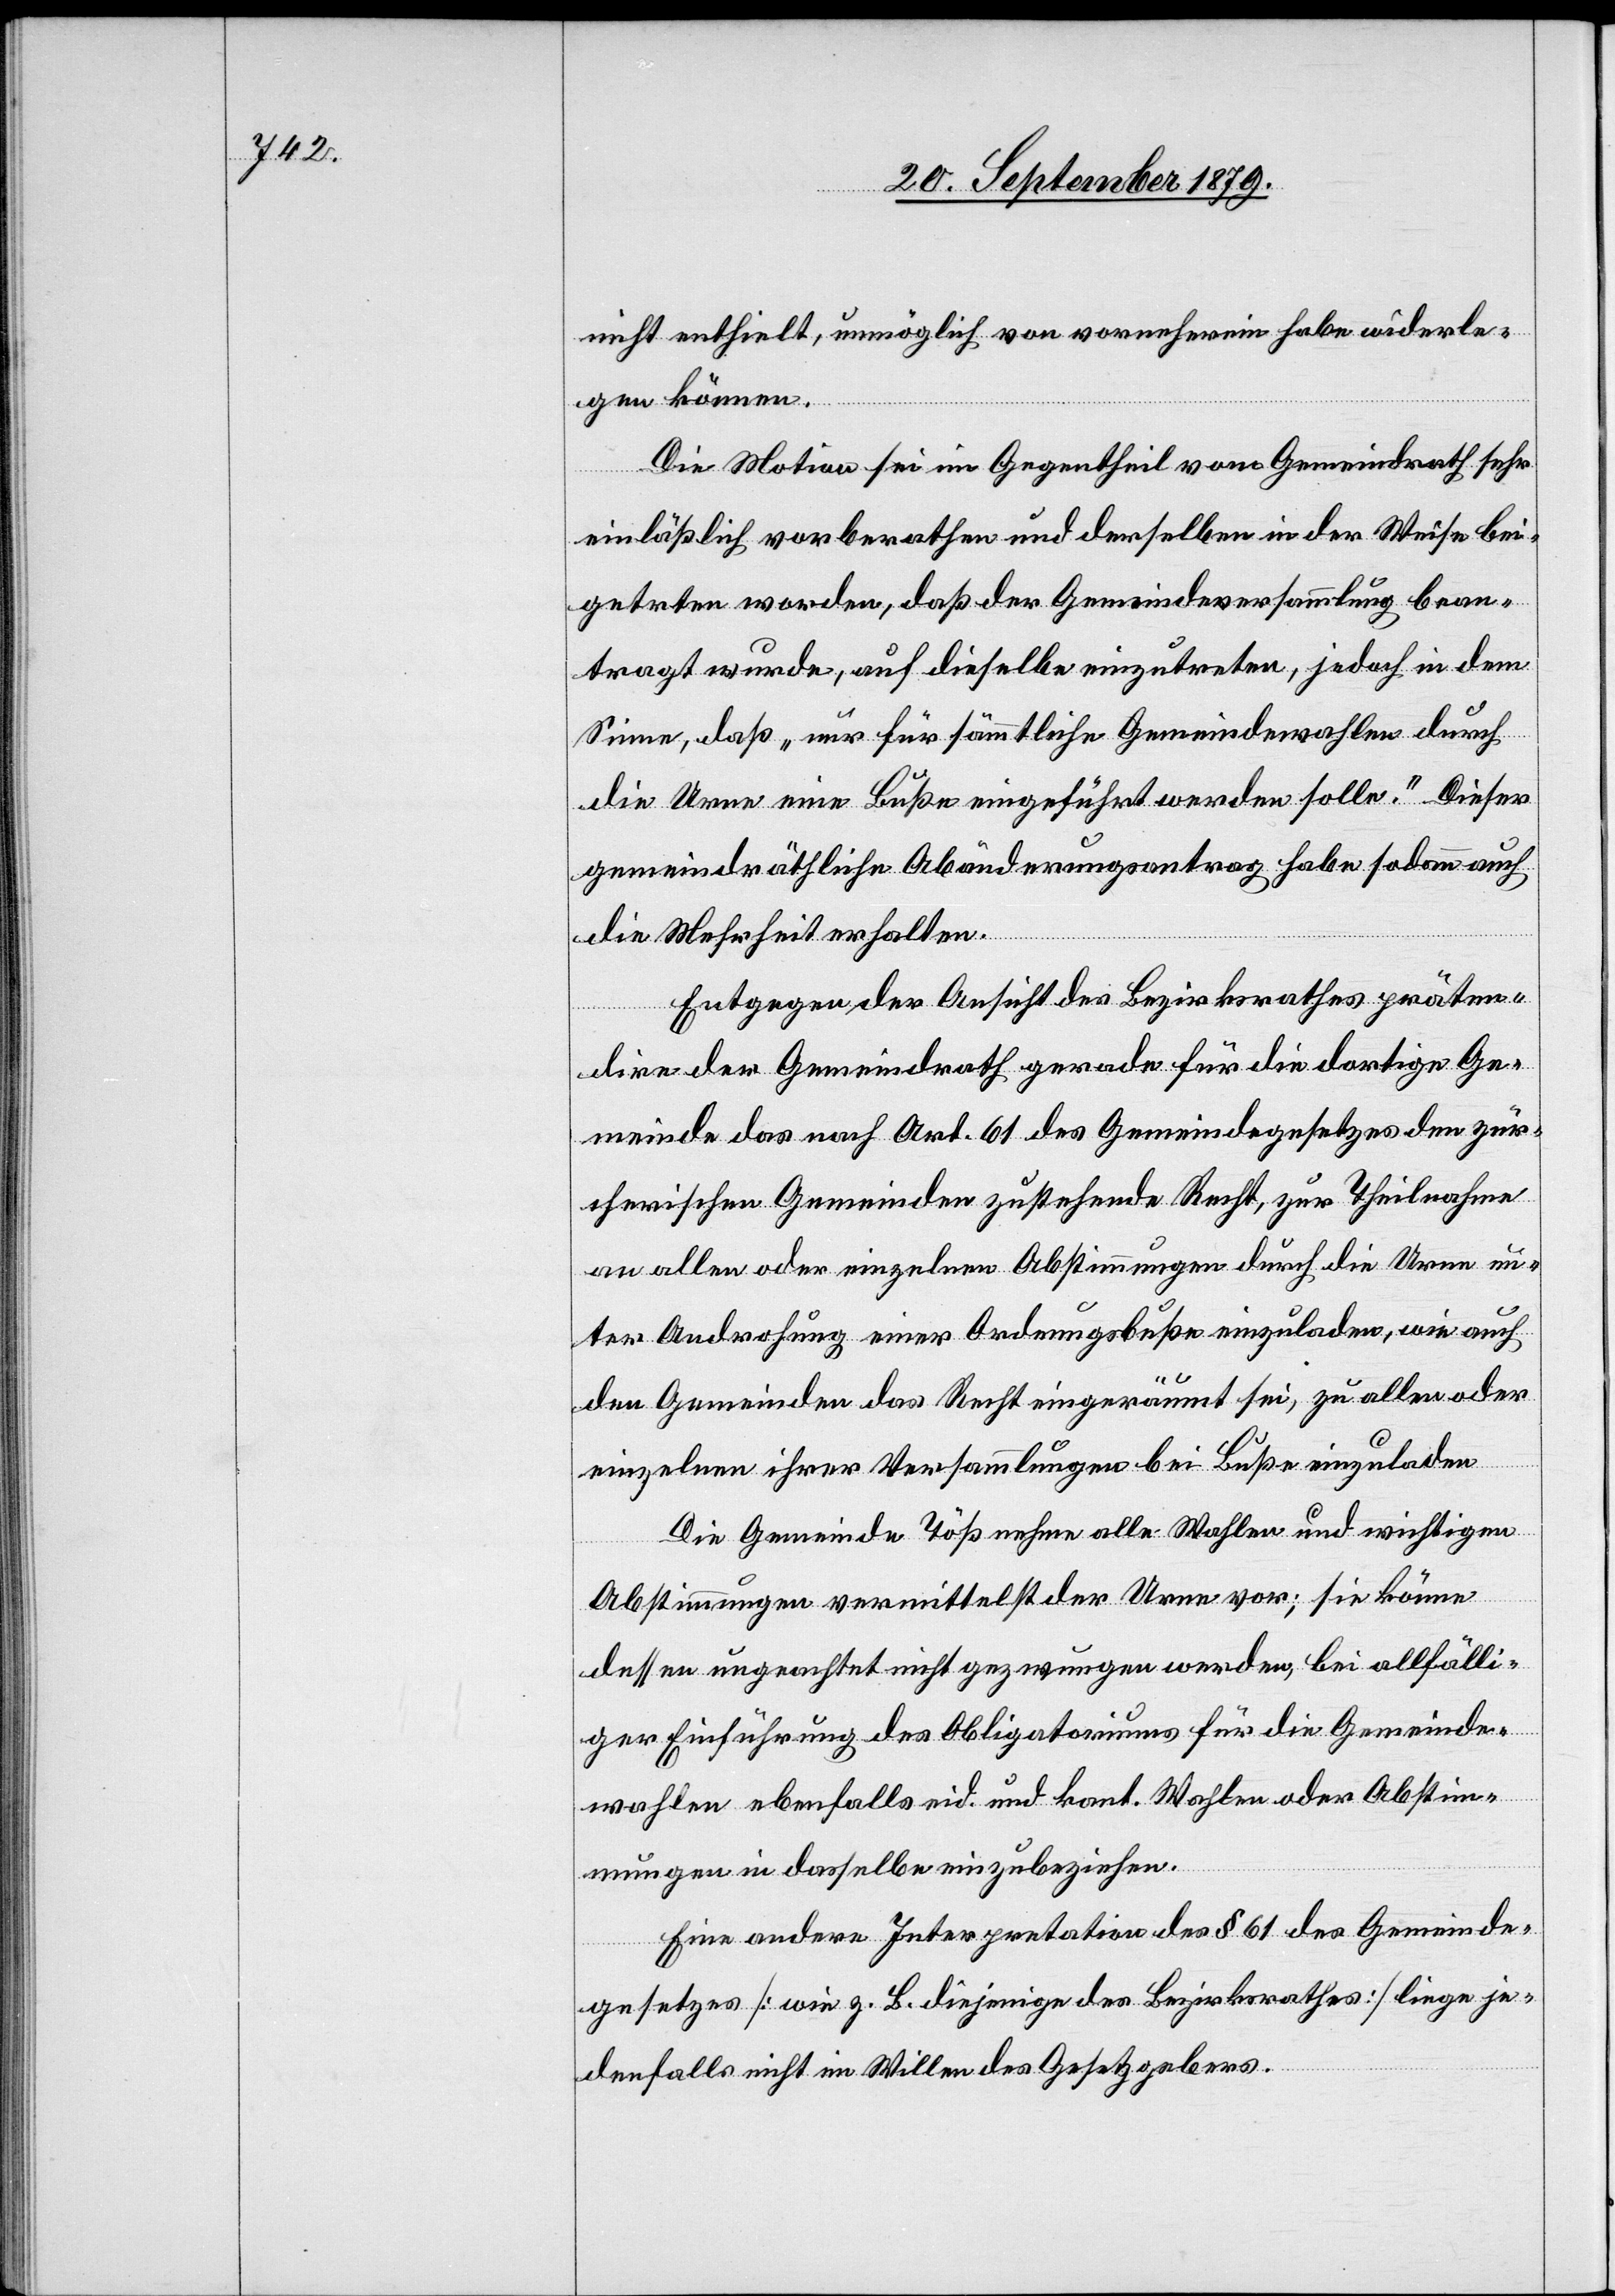
nicht enthielt, unmöglich von vorneherein habe wiederle¬
ge¬
gen können.
Die Motion sei im Gegentheil vom Gemeindrath sehr
einlässlich vorberathen und derselben in der Weise bei¬
treten wurde, auf dieselbe einzutreten, jedoch in dem
Sinne, daß „nur für sämmtliche Gemeindewahlen durch
die Urne eine Buß eingeführt werden solle“. Dieser
gemeindräthliche Abänderungsantrag habe sodann auch
die Mehrheit erhalten.
Entgegen der Ansicht des Bezirksrath präten¬
dire der Gemeindrath gerade für die dortige Ge¬
meinde das nach Art. 61 des Gemeindegesetzes den zür¬
cherischen Gemeinden zustehende Recht, zur Theilnahme
an allen oder einzelnen Abstimmungen durch die Urne un¬
ter Androhung einer Ordnungsbuße einzuladen, wie auch
den Gemeinden das Recht eingeräumt sei, zu allen oder
einzelnen ihrer Versammlungen bei Buße einzuladen.
Die Gemeinde Töß nehme alle Wahlen und wichtigen
Abstimmungen vermittelst der Urne vor; sie könne
dessen ungeachtet nicht gezwungen werden, bei allfälli¬
ger Einführung des Obligatoriums für die Gemeinde¬
wahlen ebenfalls eid. und kant. Wahlen oder Abstim¬
mungen in dasselbe einzubeziehen.
Eine andere Interpretation des § 62 des Gemeinde¬
gesetzes [wie z. B. diejenige des Bezirksrathes] liege je¬
denfalls nicht im Willen des Gesetzgebers.